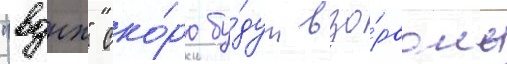
"вднх" ско́ро бу́дут взо́рваны